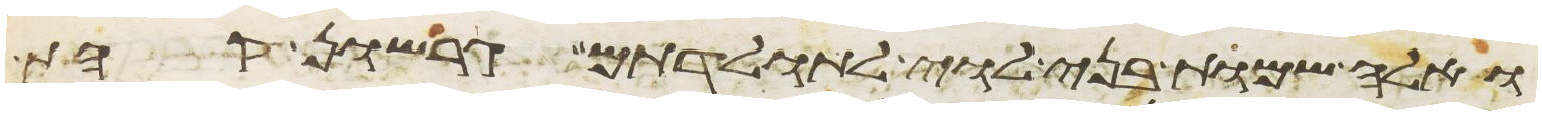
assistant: ואלה שמות בני לוי לתולדתם גרשון קהת